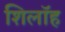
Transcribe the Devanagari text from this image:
शिलॉह